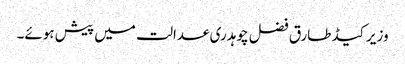
وزیر کیڈ طارق فضل چوہدری عدالت میں پیش ہوئے۔